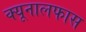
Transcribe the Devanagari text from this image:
क्यूनालफास